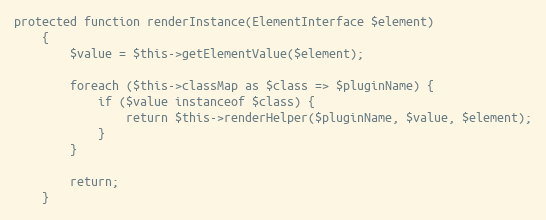
Language: PHP
protected function renderInstance(ElementInterface $element)
    {
        $value = $this->getElementValue($element);

        foreach ($this->classMap as $class => $pluginName) {
            if ($value instanceof $class) {
                return $this->renderHelper($pluginName, $value, $element);
            }
        }

        return;
    }